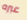
عبره